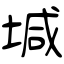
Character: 堿